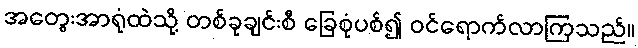
အတွေးအာရုံထဲသို့ တစ်ခုချင်းစီ ခြေစုံပစ်၍ ဝင်ရောက်လာကြသည်။